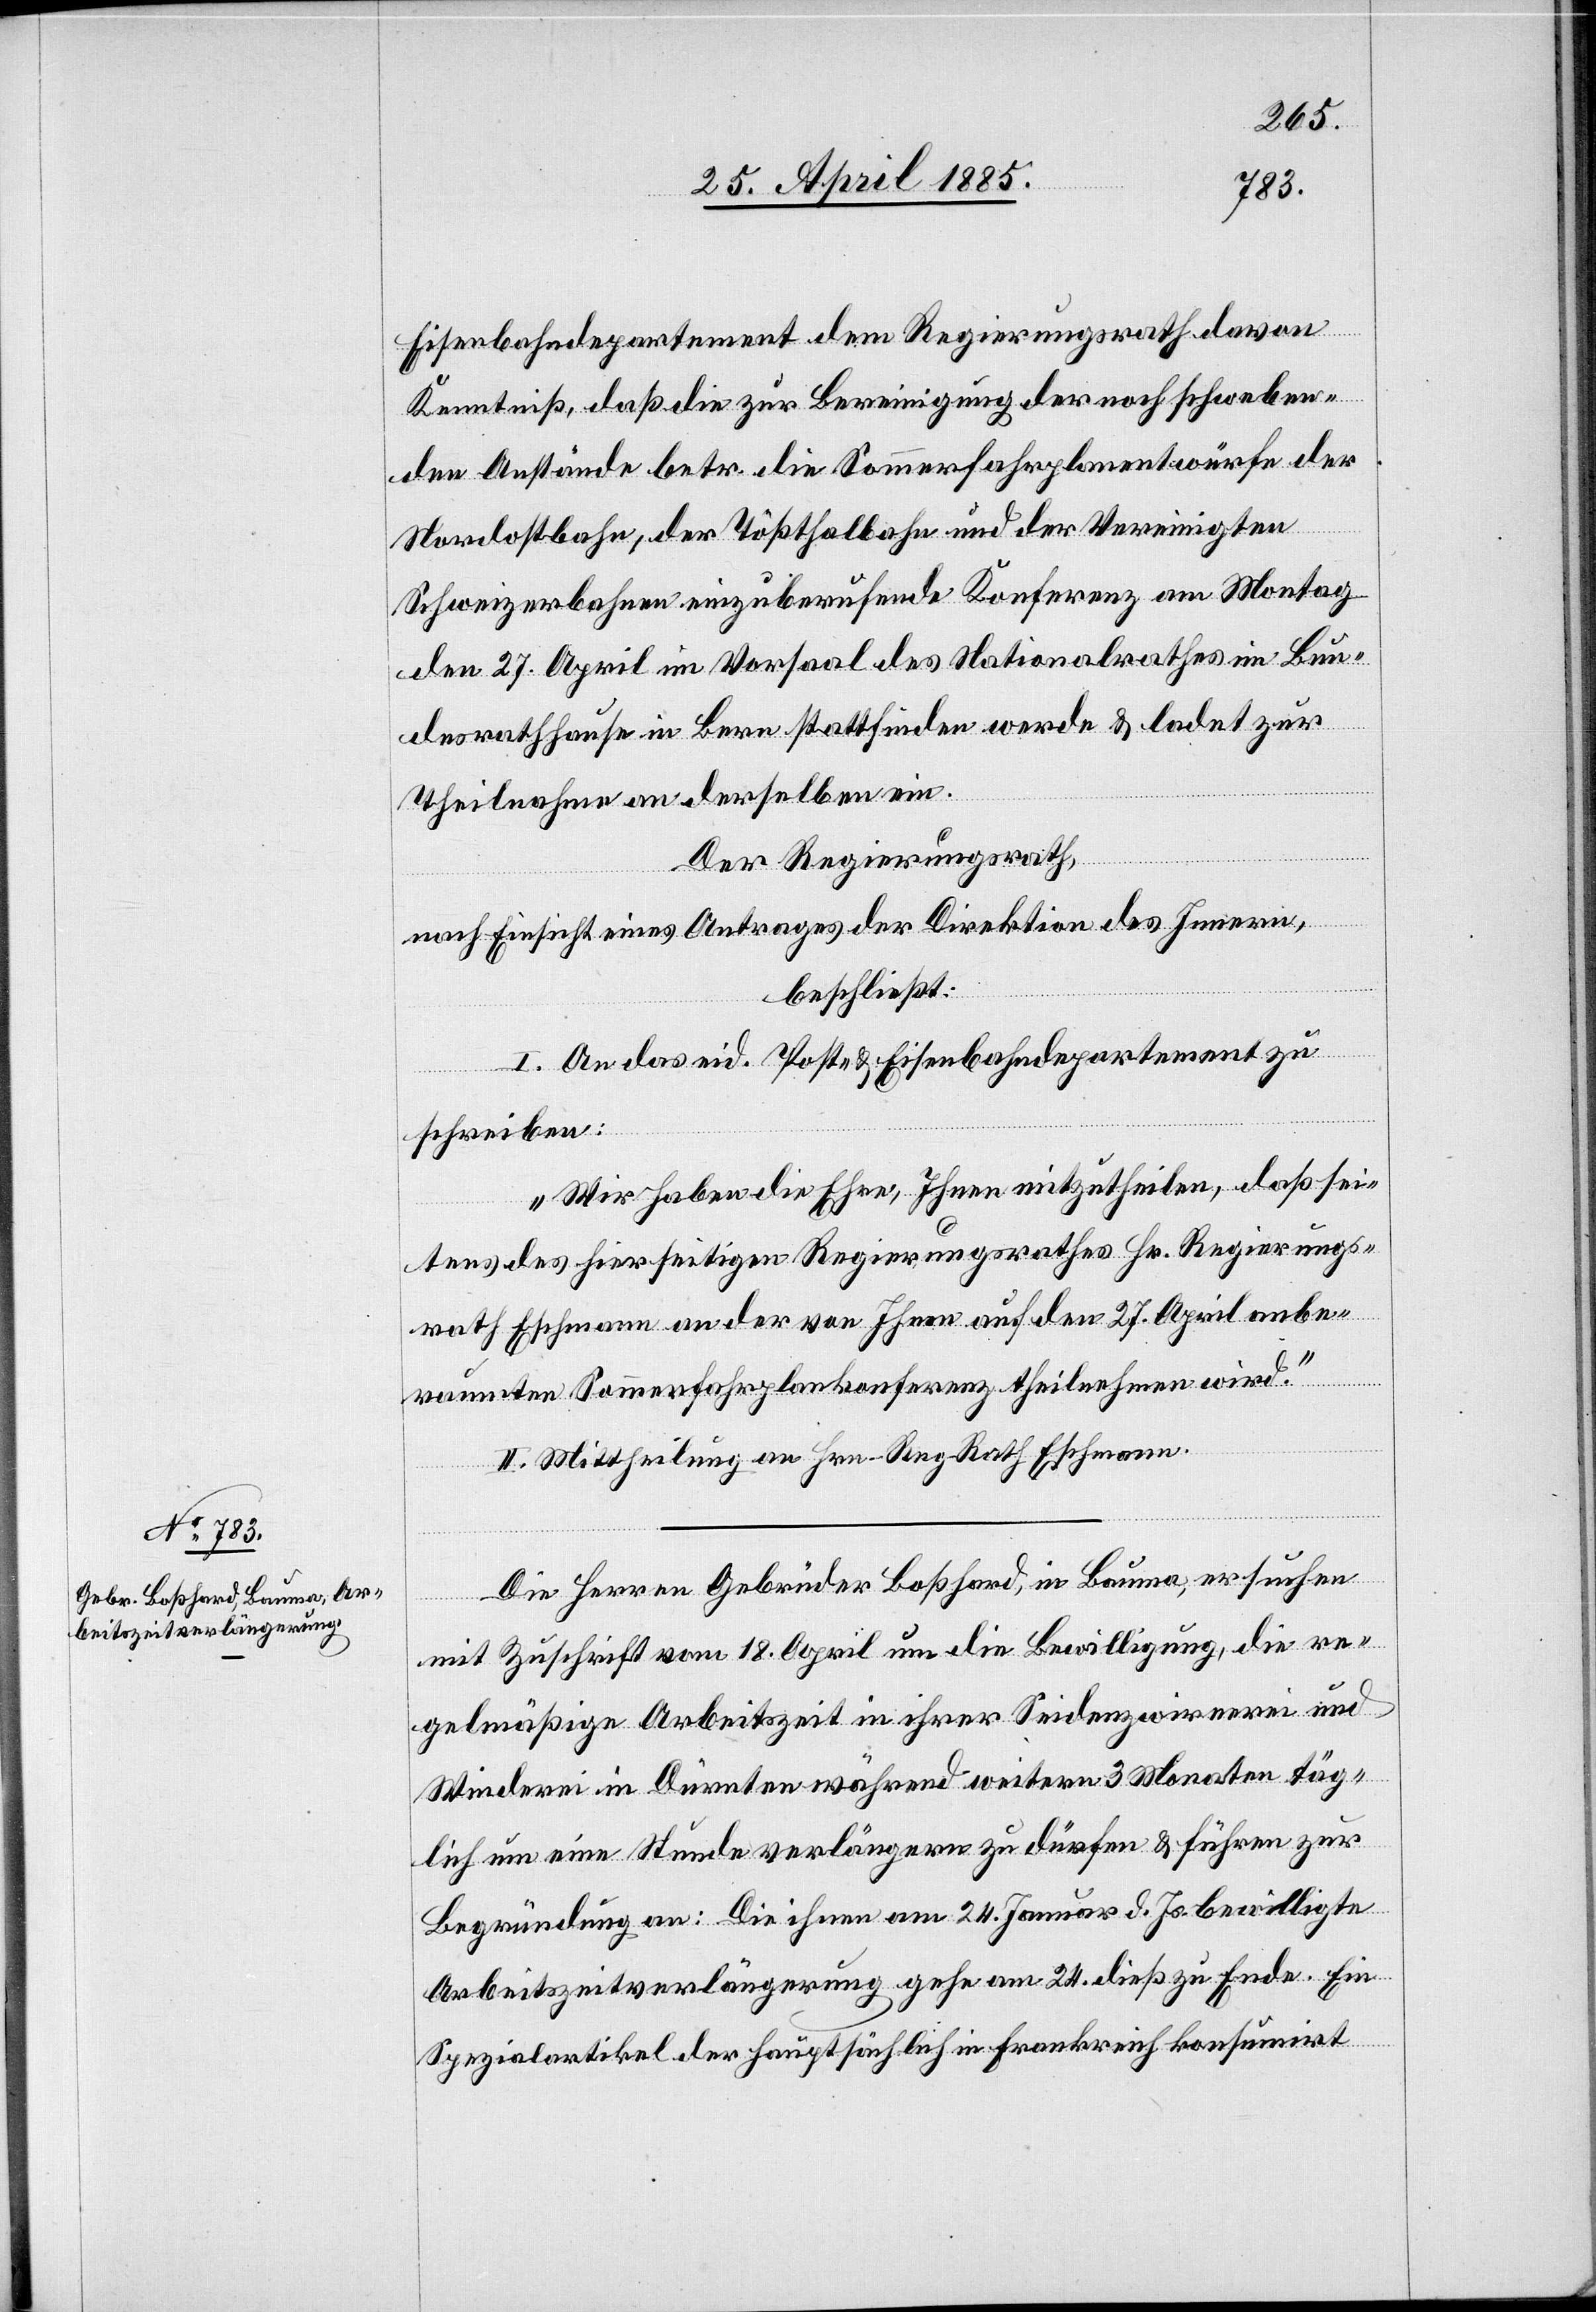
Eisenbahndepartement dem Regierungsrath davon
Kenntniß, daß die zur Bereinigung der noch schweben¬
den Anstände betr. die Sommerfahrplanentwürfe der
Nordostbahn, der Tößthalbahn und der Vereinigten
Schweizerbahnen einzuberufende Konferenz am Montag
den 27. April im Vorsaal des Nationalrathes im Bun¬
desrathhause in Bern stattfinden werde & ladet zur
Theilnahme an derselben ein.
Der Regierungsrath,
nach Einsicht eines Antrages der Direktion des Innern,
beschließt:
I. An das eid. Post- & Eisenbahndepartement zu
schreiben:
„Wir haben die Ehre, Ihnen mitzutheilen, daß sei¬
tens des hierseitigen Regierungsrathes Hr. Regierungs¬
rath Eschmann an der von Ihnen auf den 27. April anbe¬
raumten Sommerfahrplankonferenz theilnehmen wird.“
II. Mittheilung an Hrn. Reg. Rath Eschmann.
Die Herren Gebrüder Boßhard, in Bauma, ersuchen
mit Zuschrift vom 18. April um die Bewilligung, die re¬
gelmäßige Arbeitszeit in ihrer Seidenzwirnerei und
Winderei in Dürnten während weitern 3 Monaten täg¬
lich um eine Stunde verlängern zu dürfen & führen zur
Begründung an: Die ihnen am 24. Januar d. Js. bewilligte
Arbeitszeitverlängerung gehe am 24. dieß zu Ende. Ein
Spezialartikel der hauptsächlich in Frankreich konsumirt